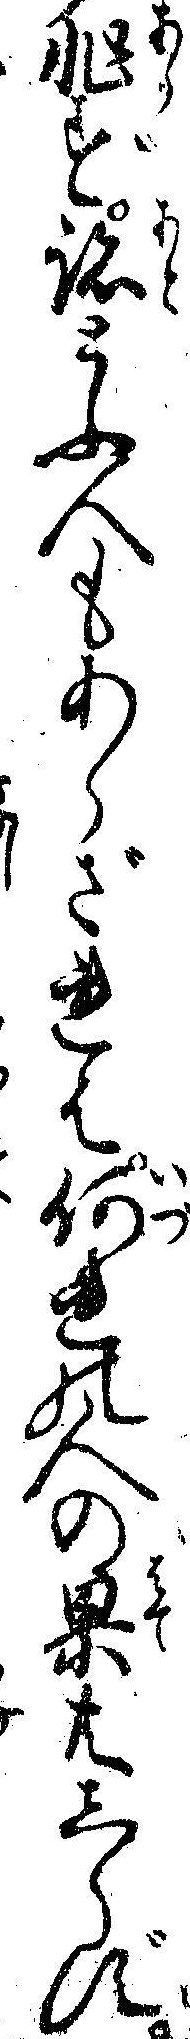
非す跡とふ人もあらざれは何れの人の果共しらず